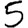
Digit: 5